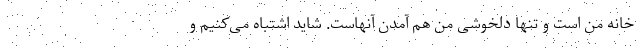
خانه من است و تنها دلخوشی من هم آمدن آنهاست. شاید اشتباه می‌کنیم و